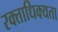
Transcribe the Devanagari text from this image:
रक्ताधिक्यता